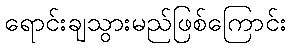
ရောင်းချသွားမည်ဖြစ်ကြောင်း